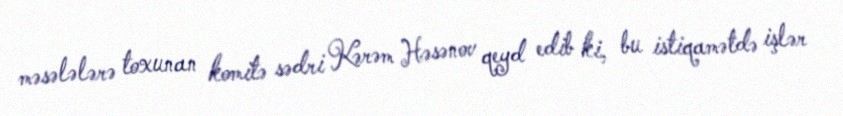
məsələlərə toxunan komitə sədri Kərəm Həsənov qeyd edib ki, bu istiqamətdə işlər